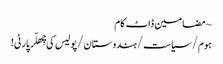
~ مضامین ڈاٹ کام
ہوم/سیاست/ہندوستان/پولیس کی چِھلّر پارٹی!